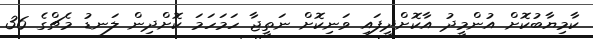
ކާމިޔާބުކޮށް އުންމީދު އާކޮށްދީފައި ވަނިކޮށް ނަތީޖާ ހަމަހަމަ ކޮށްދިން ލަނޑު މެޗްގެ 36